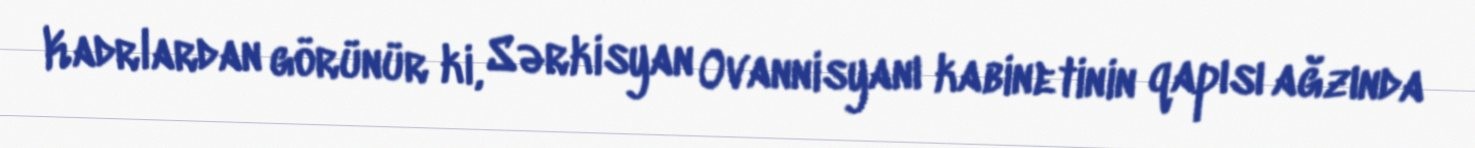
Kadrlardan görünür ki, Sərkisyan Ovannisyanı kabinetinin qapısı ağzında